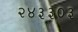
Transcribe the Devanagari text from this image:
२४३३०३